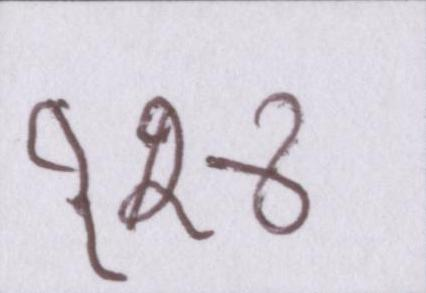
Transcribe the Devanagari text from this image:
१४